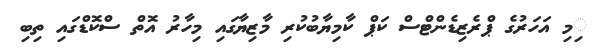
ިމި އަހަރުގެ ޕްރެޒިޑެންޓްސް ކަޕް ކާމިޔާބުކުރި މާޒިޔާގައި މިހާރު އޮތް ސްކޮޑްގައި ތިބި